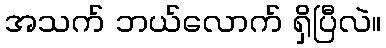
အသက် ဘယ်လောက် ရှိပြီလဲ။